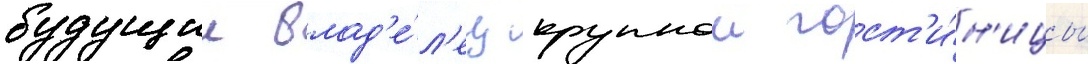
будущии влад'е́л'ец крупнои гост'и́н'ицы